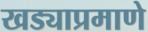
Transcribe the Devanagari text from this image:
खड्याप्रमाणे